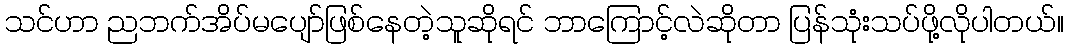
သင်ဟာ ညဘက်အိပ်မပျော်ဖြစ်နေတဲ့သူဆိုရင် ဘာကြောင့်လဲဆိုတာ ပြန်သုံးသပ်ဖို့လိုပါတယ်။